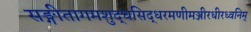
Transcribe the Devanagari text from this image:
सङ्गीतागमशुद्धसिद्धरमणीमञ्जीरधीरध्वनिम्